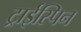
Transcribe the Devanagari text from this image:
ट्राईस्पिन